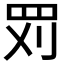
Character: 𱺹